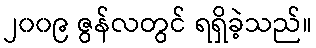
၂၀၀၉ ဇွန်လတွင် ရရှိခဲ့သည်။